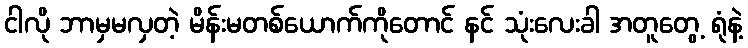
ငါလို ဘာမှမလှတဲ့ မိန်းမတစ်ယောက်ကိုတောင် နင် သုံးလေးခါ အတူတွေ့ ရုံနဲ့